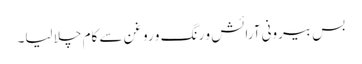
بس بیرونی آرائش و رنگ و روغن سے کام چلا لیا۔